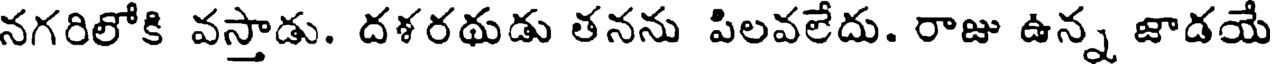
నగరిలోకి వస్తాడు. దళరథుడు తనను పిలవలేదు. రాజు ఉన్న జాడయే